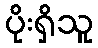
ပိုးရှိသူ